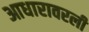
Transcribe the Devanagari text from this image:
आधारावरली